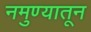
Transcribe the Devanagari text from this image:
नमुण्यातून